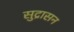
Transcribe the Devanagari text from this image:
सुद्रासन